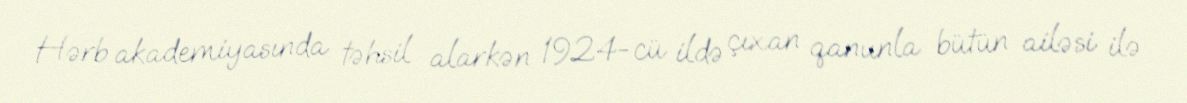
Hərb akademiyasında təhsil alarkən 1924-cü ildə çıxan qanunla bütün ailəsi ilə